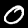
Label: 0